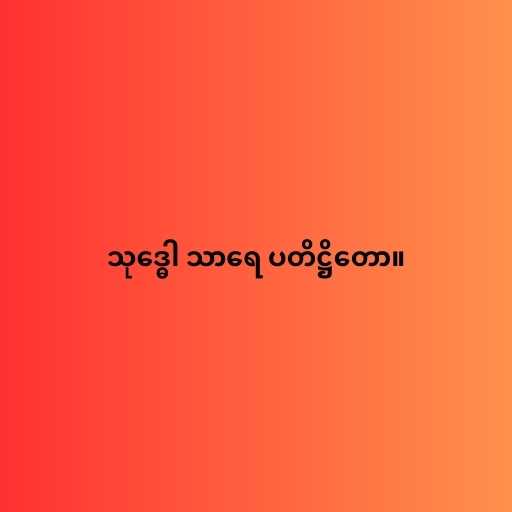
သုဒ္ဓေါ သာရေ ပတိဋ္ဌိတော။